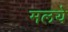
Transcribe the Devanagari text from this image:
मलये